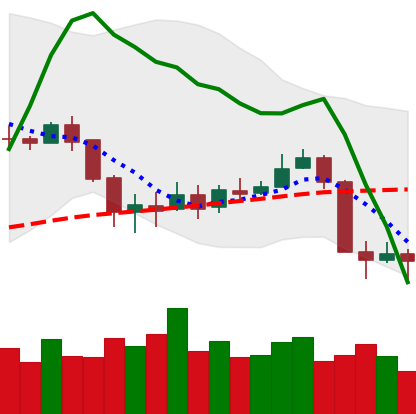
Ticker: BNB-USD
Chart end date: 2020-03-11
Forward return: -43.2%
Label: down_7plus